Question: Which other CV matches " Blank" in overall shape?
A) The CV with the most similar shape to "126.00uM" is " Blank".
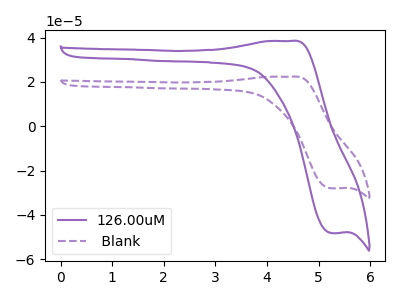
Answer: <think>The purple curve "126.00uM" has an anodic peak at (4.45V, 38.45uA) and a cathodic peak at (5.25V, -48.20uA). The purple dashed curve " Blank" has an anodic peak at (4.45V, 22.35uA) and a cathodic peak at (5.25V, -28.05uA).
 All the peaks in "126.00uM" have a peak in " Blank" at the same potential. Every peak in "126.00uM" is higher than every peak in " Blank".</think>
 <answer>A) The CV with the most similar shape to "126.00uM" is " Blank".</answer>
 <eval>A</eval>